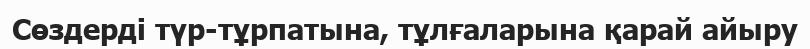
Сөздерді түр-тұрпатына, тұлғаларына қарай айыру